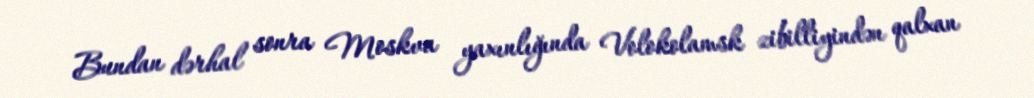
Bundan dərhal sonra Moskva yaxınlığında Volokolamsk zibilliyindən qalxan